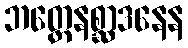
ဘတ္တေနစ္ဆာဒနေန